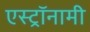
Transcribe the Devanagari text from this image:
एस्‍ट्रॉनामी